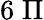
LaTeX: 6\; \Pi